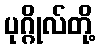
ပုဂ္ဂိုလ်တို့